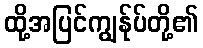
ထို့အပြင်ကျွန်ုပ်တို့၏